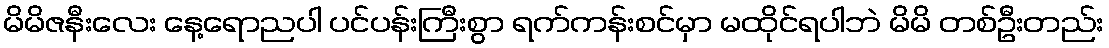
မိမိဇနီးလေး နေ့ရောညပါ ပင်ပန်းကြီးစွာ ရက်ကန်းစင်မှာ မထိုင်ရပါဘဲ မိမိ တစ်ဦးတည်း